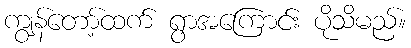
ကျွန်တော့်ထက် ရွာအကြောင်း ပိုသိမည်။